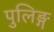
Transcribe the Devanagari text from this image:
पुलिङ्ग